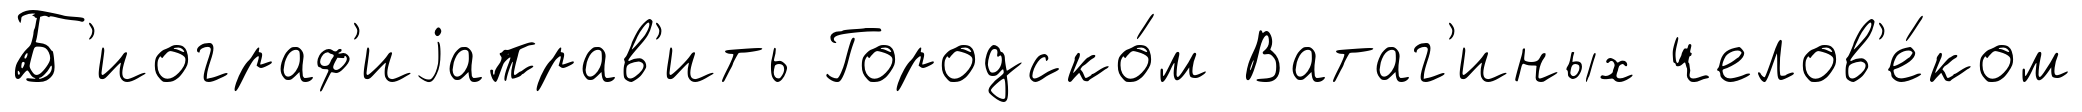
Б'иограф'иjаправ'ить Городско́м Ватаг'иных челов'е́ком